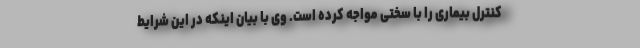
کنترل بیماری را با سختی مواجه کرده است. وی با بیان اینکه در این شرایط